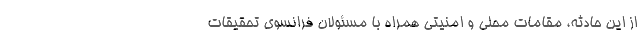
از این حادثه، مقامات محلی و امنیتی همراه با مسئولان فرانسوی تحقیقات